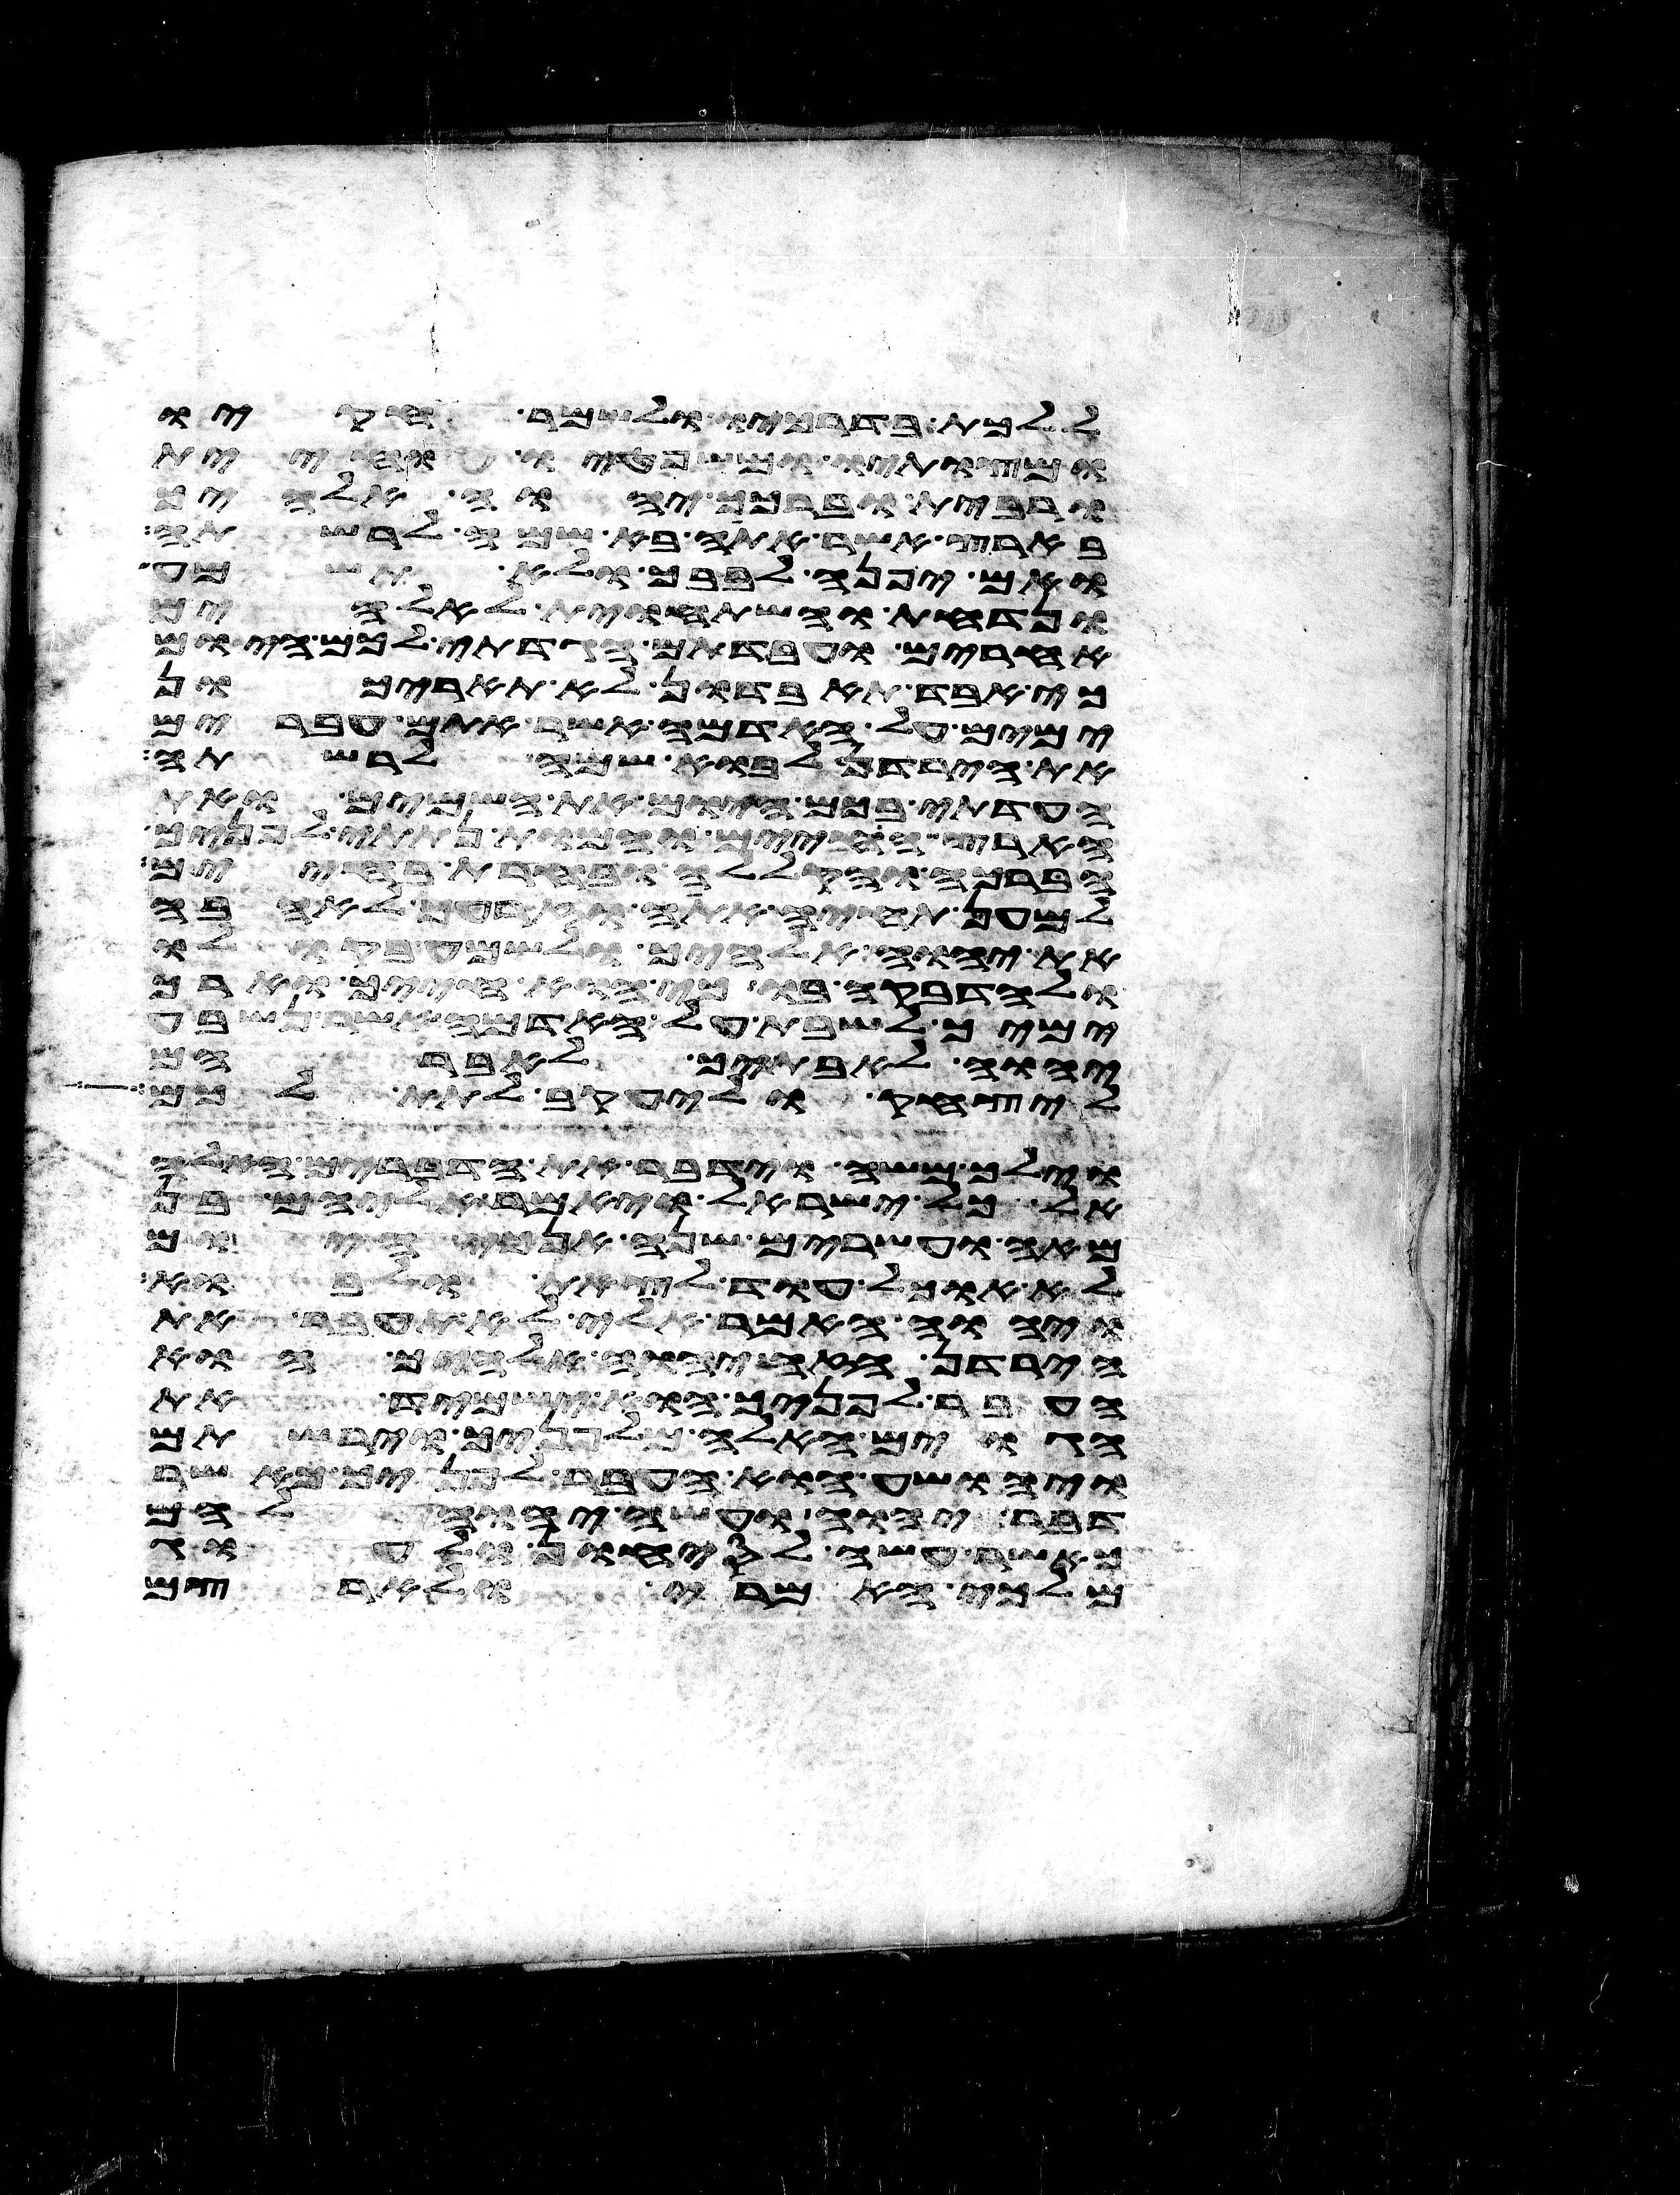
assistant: וללכת בדרכיו ולשמר חקיו
ומצותיו ומשפטיו וחיית
ורבית וברכך יהוה אלהיך
בארץ אשר אתה בא שמה לרשתה
ואם יפנה לבבך ולא תשמע
ונדחת והשתחוית לאלהים
אחרים ועבדתם הגדתי לכם היום
כי אבד תאבדון לא תאריכון
ימים על האדמה אשר אתם עברים
את הירדן לבוא שמה לרשתה
העדתי בכם היום את השמים ואת
הארץ החיים והמות נתתי לפניך
הברכה והקללה ובחרת בחיים
למען תחיה אתה וזרעך לאהבה
את יהוה אלהיך ולשמע בקולו
ולהדבקה בו כי הוא חייך וארך
ימיך לשבת על האדמה אשר נשבע
יהוה לאבתיך לאברהם
ליצחק וליעקב לתת לכם
וילך משה וידבר את הדברים האלה
אל כל ישראל ויאמר אליהם בן
מאה ועשרים שנה אנכי היום
לא אוכל עוד לצאת ולאבוא
ויהוה האמר אלי לא תעבר את
הירדן הזה יהוה אלהיך הוא
העבר לפניך הוא ישמיד את
הגוים האלה מלפניך וירשתם
ויהושע הוא העבר לפניך כאשר
דבר יהוה ועשה יהוה להם
כאשר עשה לסיחון ולעוג
מלכי האמרי ולארצם